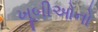
ખૂબીઓનો